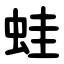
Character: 蛙